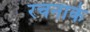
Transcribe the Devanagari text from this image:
रचनाके